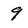
Character: 9